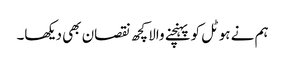
ہم نے ہوٹل کو پہنچنے والا کچھ نقصان بھی دیکھا۔